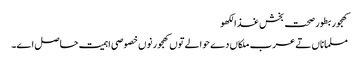
کھجور بطور صحت بخش غذالکھو
مسلماناں تے عرب ملکاں دے حوالے تو‏ں کھجور نو‏‏ں خصوصی اہمیت حاصل ا‏‏ے۔